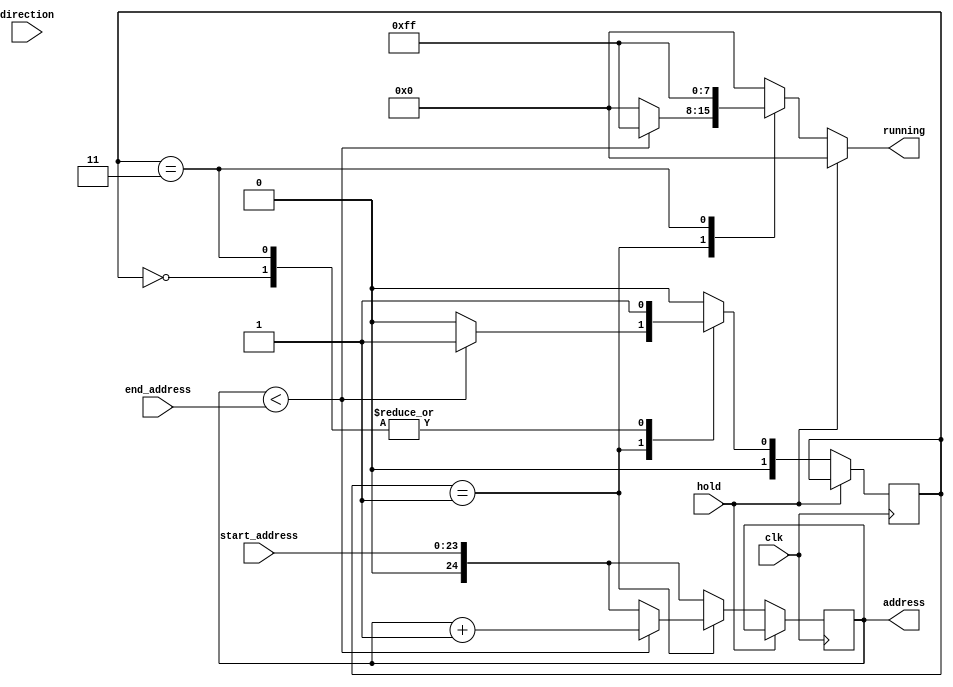
module address_change (clk, direction, running, hold, address, start_address, end_address);

//inputs and outputs
input clk, direction, hold;
input [23:0] start_address, end_address;
output reg [24:0] address;
output reg [7:0] running;

//test values
wire [23:0] test_start, test_end;

//test values
assign test_start = 24'd57216;
assign test_end = 24'd59071;


reg [24:0]  next_address;

reg [1:0] state, next_state;

//define states
parameter state_initial = 2'b00;
parameter state_inc = 2'b01;
parameter state_loop = 2'b11;
parameter state_extra = 2'b10;

//state logic
always @(posedge clk) begin
address <= (next_address);
state <= next_state;
end

always @(*) begin
	//check if paused on the keyboard 
	if(hold) begin next_address = address;
			next_state = state;
			running = 8'h0;
		end
	
	else begin

	case(state)
		//sets initial start address
		state_initial: begin
				next_address = (start_address);
				next_state = state_inc;
				running = 8'h0;
			end
		//increments address until at end address then goes back to initial state
		state_inc: begin if(address < (end_address)) begin
				next_address = address + 1;
				next_state = state_inc;
				running = 8'hFF;
				end else begin 
				next_address = start_address;
				next_state = state_initial;
				running = 8'h0;
				end
			end
		//loops address
		state_loop: begin 
				next_address = start_address;
				next_state = state_inc;
				running = 8'hFF;
			end
		//default sets same values as initial state and goes to inital state
		default: begin
			next_address = start_address;
			next_state = state_initial;
			running = 8'h0;
			end
	endcase

	end
			



 /*
		if(hold)   //if holding address from the output module, keep address same
		next_address = address;
		else if(first_address) 
		else if(address <= end_address) begin
			next_address = address +1;
		end else next_address = start_address;



		/*else if(direction) begin  //if forward direction
		if(address<=last_address)
		next_address = address+1'b1;  //add 1 if its less than max
		else 
		next_address = 23'b0;  //if max, then go to 0
		end

		else if(!direction) begin  //if backwards
		if(address>23'b0)
		next_address = address-1'b1;  //sub 1 if greater than 0
		else 
		next_address = last_address;  //if 0 go to max
		end

		else next_address = 23'b0;  //else default, go to 0
	*/
end
endmodule